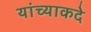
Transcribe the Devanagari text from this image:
यांच्याकदे